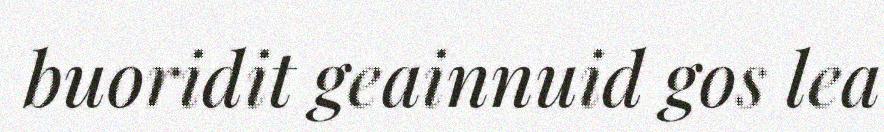
buoridit geainnuid gos lea